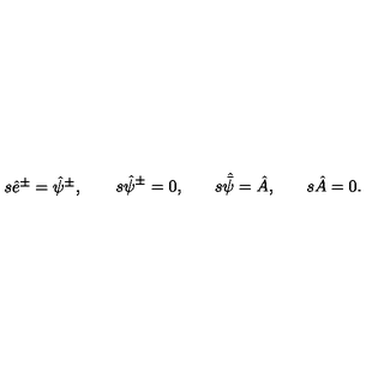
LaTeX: \begin{matrix} { s \hat { e } ^ { \pm } = \hat { \psi } ^ { \pm } , \quad } & { \quad s \hat { \psi } ^ { \pm } = 0 , \quad } & { \quad s \skew 5 \hat { \bar { \psi } } = \hat { A } , \quad } & { \quad s \hat { A } = 0 . } \\ \end{matrix}